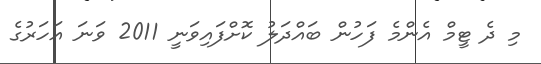
މި ދެ ޓީމް އެންމެ ފަހުން ބައްދަލު ކޮށްފައިވަނީ 2011 ވަނަ އަހަރުގެ